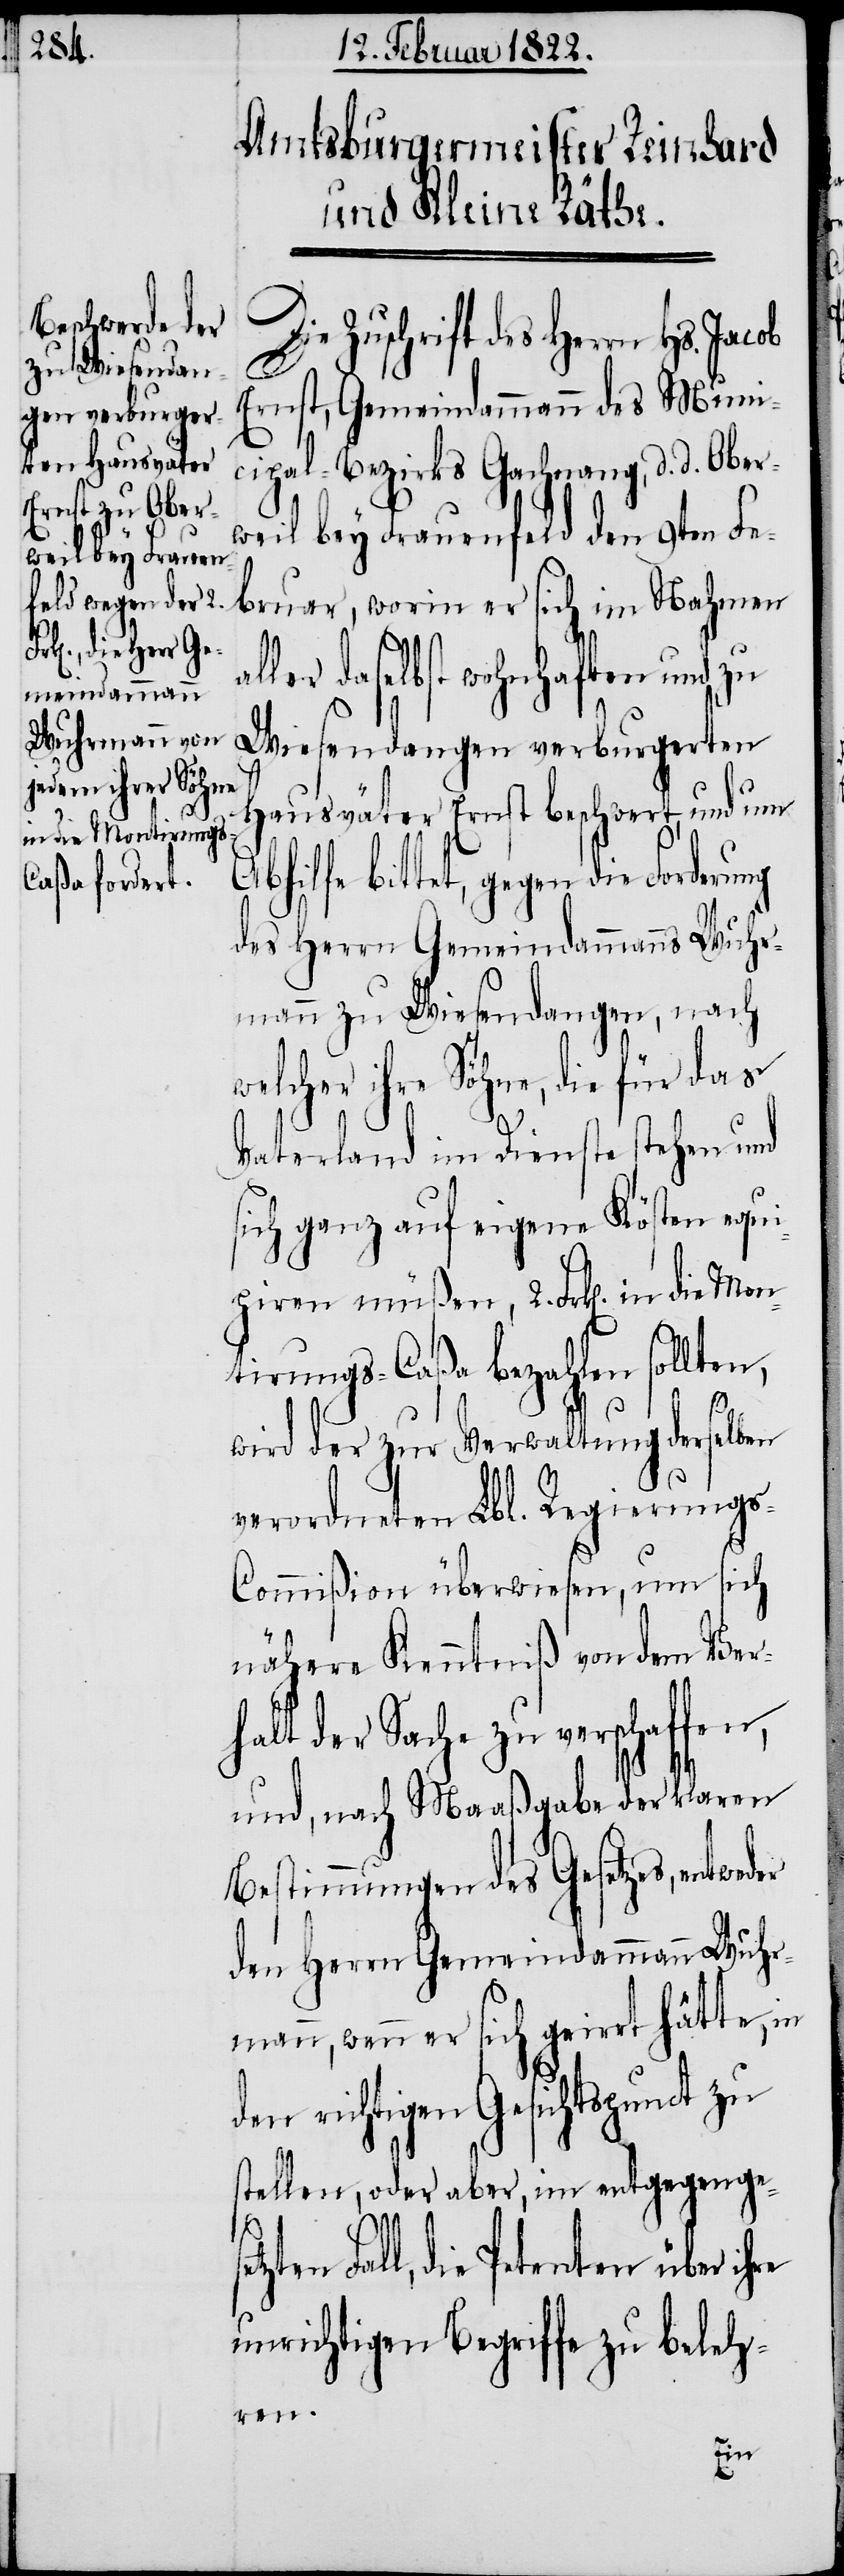
a¬
entweder

Die Zuschrift des Herrn Hs.
Ernst, Gemeindammann des Muni¬
cipal-Bezirks Gachnang, d. d. Ober¬
weil bey Frauenfeld den 9ten Fe¬
bruar, worin er sich im Nahmen
ller daselbst wohnhaften und zu
Wiesendangen verburgerten
Hausväter Ernst beschwert, und um
Abhilfe bittet, gegen die Forderung
des Herrn Gemeindammanns Wuhr¬
mann zu Wiesendangen, nach
welcher ihre Söhne, die für das
Vaterland im Dienste stehen und
sich ganz auf eigene Kösten equi¬
piren müßen, 2. Frk[en]. in die Mon¬
tirungs-Caßa bezahlen sollten,
wird der zur Verwaltung derselben
verordneten Lbl. Regierung¬
s-Commißion überwiesen, um sich
nähere Kenntniß von dem Ver¬
halt der Sache zu verschaffen,
und, nach Maaßgabe der klaren
Bestimmungen des Gesetzes,
den Herrn Gemeindammann Wuhr¬
mann, wenn er sich geirrt hätte, in
den richtigen Gesichtspunct zu
stellen, oder aber, im entgegengeset¬
zten Fall, die Petenten über
unrichtigen Begriffe zu beleh¬
ren.